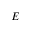
{ \cal E }